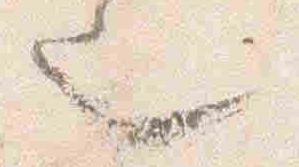
也